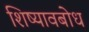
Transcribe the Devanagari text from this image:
शिष्यावबोध